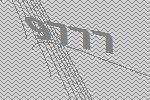
9777